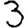
Digit: 3